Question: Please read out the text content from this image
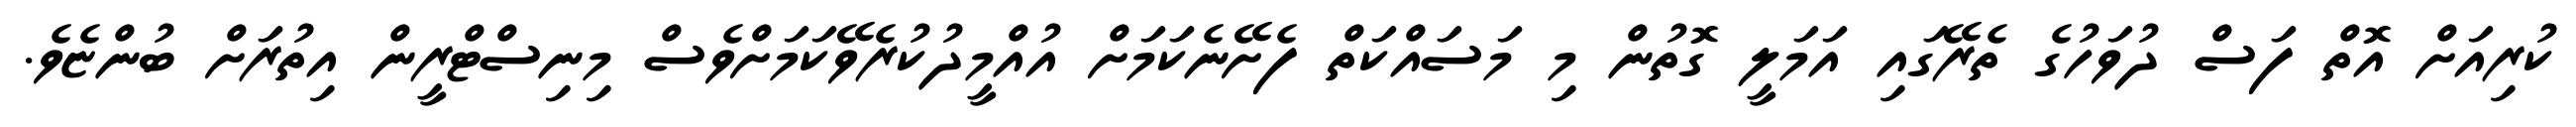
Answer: ކުރިއަށް އޮތް ފަސް ދުވަހުގެ ތެރޭގައި އަމަލީ ގޮތުން މި މަސައްކަތް ފެށޭނެކަމަށް އުއްމީދުކުރެވޭކަމަށްވެސް މިނިސްޓްރީން އިތުރަށް ބުންޏެވެ.